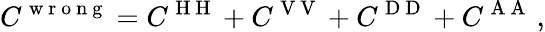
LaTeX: C^{\mathrm{~w~r~o~n~g~}}=C^{\mathrm{~H~H~}}+C^{\mathrm{~V~V~}}+C^{\mathrm{~D~D~}}+C^{\mathrm{~A~A~}}\, ,